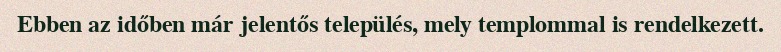
Ebben az időben már jelentős település, mely templommal is rendelkezett.